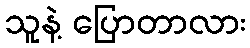
သူနဲ့ ပြောတာလား